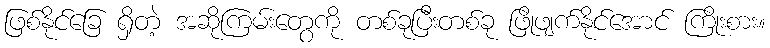
ဖြစ်နိုင်ခြေ ရှိတဲ့ အဆိုကြမ်းတွေကို တစ်ခုပြီးတစ်ခု ဖြိုဖျက်နိုင်အောင် ကြိုးစား။